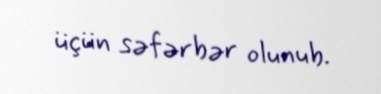
üçün səfərbər olunub.